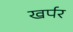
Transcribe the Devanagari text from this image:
खर्पर